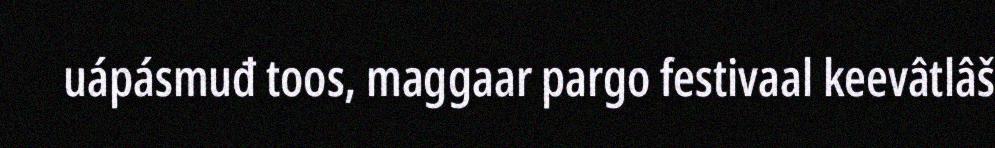
uápásmuđ toos, maggaar pargo festivaal keevâtlâš